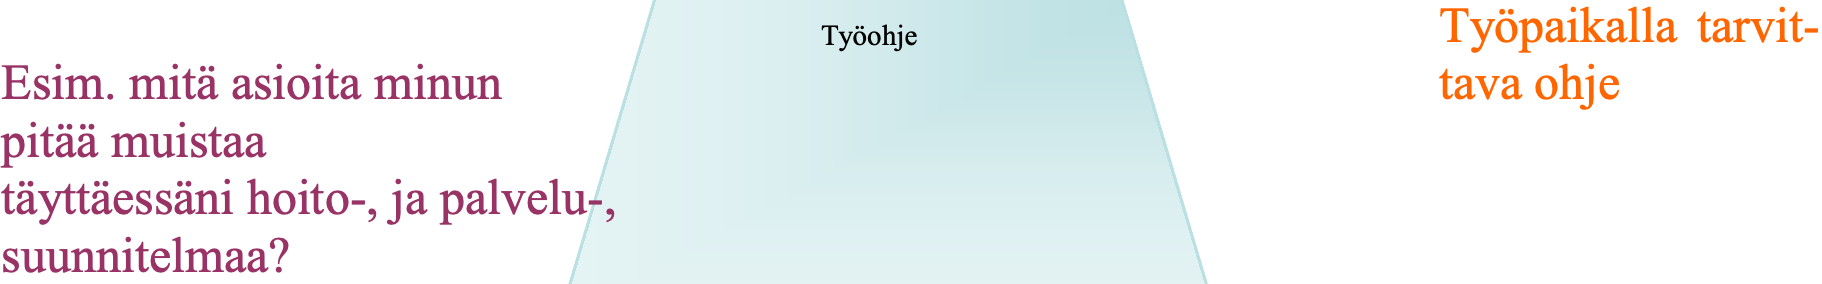
Työpaikalla tarvit- Työohje Esim. mitä asioita minun                        tava ohje pitää muistaa täyttäessäni hoito-, ja palvelu-, suunnitelmaa?